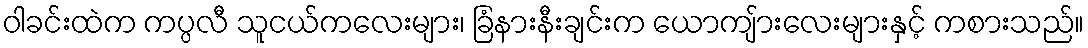
ဝါခင်းထဲက ကပ္ပလီ သူငယ်ကလေးများ၊ ခြံနားနီးချင်းက ယောကျ်ားလေးများနှင့် ကစားသည်။